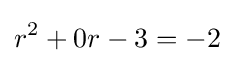
r^{2}+0r-3=-2